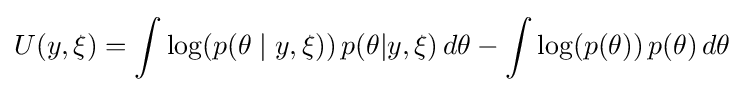
U(y,\xi )=\int \log(p(\theta \mid y,\xi ))\,p(\theta |y,\xi )\,d\theta -\int \log(p(\theta ))\,p(\theta )\,d\theta